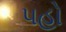
પહો